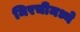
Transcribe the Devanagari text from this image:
मिरचीमध्ये